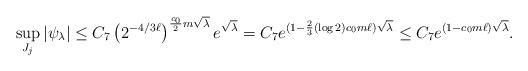
LaTeX: \begin{align*}\sup_{J_j} |\psi_\lambda| \leq C_7 \left ( 2^{-4/3 \ell} \right )^{\frac{c_0}{2}m \sqrt{\lambda}} e^{\sqrt{\lambda}} = C_7 e ^ {(1 - \frac{2}{3} (\log 2) {c_0}m \ell) \sqrt{\lambda}} \leq C_7 e ^ {(1 - {c_0}m \ell) \sqrt{\lambda}} . \end{align*}